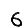
Digit: 6